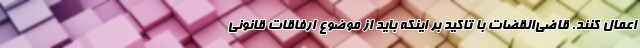
اعمال کنند. قاضی‌القضات با تاکید بر اینکه باید از موضوع ارفاقات قانونی